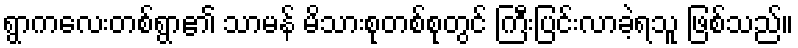
ရွာကလေးတစ်ရွာ၏ သာမန် မိသားစုတစ်စုတွင် ကြီးပြင်းလာခဲ့ရသူ ဖြစ်သည်။